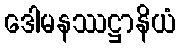
ဒေါမနဿဋ္ဌာနိယံ